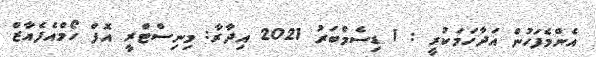
އެންމެފަހުން އަދާހަމަކުރީ : 1 ޑިސެމްބަރު 2021 އިދާރާ: މިނިސްޓްރީ އޮފް ހޯމްއެފެއާޒް